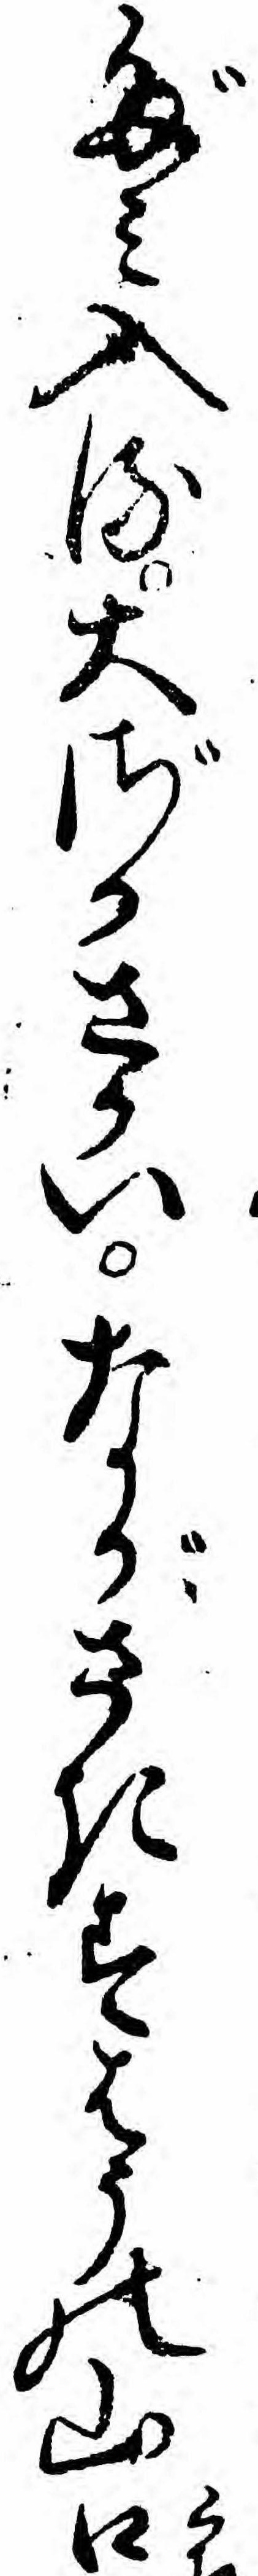
だミ入る大ざかさかいながさきすはうの山口